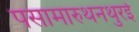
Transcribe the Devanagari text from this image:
पसामारुथनथुरई